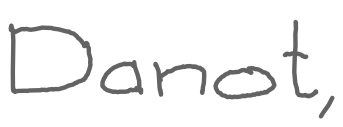
Text: Danot,
Cross-out: clean
Writing tool: digital_gray